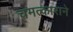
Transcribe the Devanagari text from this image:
चमत्काराने